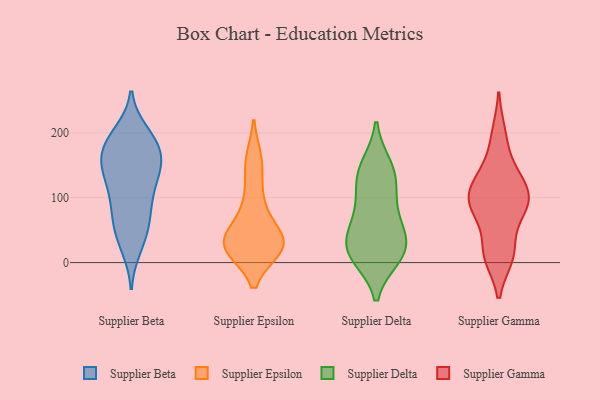
{"axis": {"x": "Population (Million)", "y": "Value"}, "legend": ["Supplier Beta", "Supplier Delta", "Supplier Epsilon", "Supplier Gamma"], "data": [{"x": "", "y": 33, "type": "Supplier Beta"}, {"x": "", "y": 83, "type": "Supplier Beta"}, {"x": "", "y": 159, "type": "Supplier Beta"}, {"x": "", "y": 187, "type": "Supplier Beta"}, {"x": "", "y": 24, "type": "Supplier Beta"}, {"x": "", "y": 180, "type": "Supplier Beta"}, {"x": "", "y": 155, "type": "Supplier Beta"}, {"x": "", "y": 127, "type": "Supplier Beta"}, {"x": "", "y": 126, "type": "Supplier Beta"}, {"x": "", "y": 117, "type": "Supplier Beta"}, {"x": "", "y": 147, "type": "Supplier Beta"}, {"x": "", "y": 67, "type": "Supplier Beta"}, {"x": "", "y": 146, "type": "Supplier Beta"}, {"x": "", "y": 49, "type": "Supplier Beta"}, {"x": "", "y": 95, "type": "Supplier Beta"}, {"x": "", "y": 199, "type": "Supplier Beta"}, {"x": "", "y": 69, "type": "Supplier Beta"}, {"x": "", "y": 193, "type": "Supplier Beta"}, {"x": "", "y": 164, "type": "Supplier Beta"}, {"x": "", "y": 184, "type": "Supplier Beta"}, {"x": "", "y": 158, "type": "Supplier Epsilon"}, {"x": "", "y": 42, "type": "Supplier Epsilon"}, {"x": "", "y": 152, "type": "Supplier Epsilon"}, {"x": "", "y": 27, "type": "Supplier Epsilon"}, {"x": "", "y": 81, "type": "Supplier Epsilon"}, {"x": "", "y": 24, "type": "Supplier Epsilon"}, {"x": "", "y": 32, "type": "Supplier Epsilon"}, {"x": "", "y": 30, "type": "Supplier Epsilon"}, {"x": "", "y": 23, "type": "Supplier Epsilon"}, {"x": "", "y": 28, "type": "Supplier Epsilon"}, {"x": "", "y": 100, "type": "Supplier Epsilon"}, {"x": "", "y": 25, "type": "Supplier Epsilon"}, {"x": "", "y": 112, "type": "Supplier Delta"}, {"x": "", "y": 148, "type": "Supplier Delta"}, {"x": "", "y": 15, "type": "Supplier Delta"}, {"x": "", "y": 130, "type": "Supplier Delta"}, {"x": "", "y": 141, "type": "Supplier Delta"}, {"x": "", "y": 20, "type": "Supplier Delta"}, {"x": "", "y": 60, "type": "Supplier Delta"}, {"x": "", "y": 53, "type": "Supplier Delta"}, {"x": "", "y": 79, "type": "Supplier Delta"}, {"x": "", "y": 10, "type": "Supplier Delta"}, {"x": "", "y": 19, "type": "Supplier Delta"}, {"x": "", "y": 22, "type": "Supplier Delta"}, {"x": "", "y": 95, "type": "Supplier Gamma"}, {"x": "", "y": 125, "type": "Supplier Gamma"}, {"x": "", "y": 12, "type": "Supplier Gamma"}, {"x": "", "y": 148, "type": "Supplier Gamma"}, {"x": "", "y": 78, "type": "Supplier Gamma"}, {"x": "", "y": 22, "type": "Supplier Gamma"}, {"x": "", "y": 94, "type": "Supplier Gamma"}, {"x": "", "y": 92, "type": "Supplier Gamma"}, {"x": "", "y": 124, "type": "Supplier Gamma"}, {"x": "", "y": 98, "type": "Supplier Gamma"}, {"x": "", "y": 134, "type": "Supplier Gamma"}, {"x": "", "y": 116, "type": "Supplier Gamma"}, {"x": "", "y": 10, "type": "Supplier Gamma"}, {"x": "", "y": 14, "type": "Supplier Gamma"}, {"x": "", "y": 198, "type": "Supplier Gamma"}, {"x": "", "y": 193, "type": "Supplier Gamma"}, {"x": "", "y": 96, "type": "Supplier Gamma"}, {"x": "", "y": 11, "type": "Supplier Gamma"}, {"x": "", "y": 83, "type": "Supplier Gamma"}, {"x": "", "y": 80, "type": "Supplier Gamma"}]}